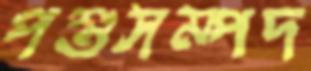
পশুসম্পদ